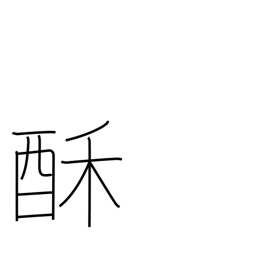
Meaning: milk